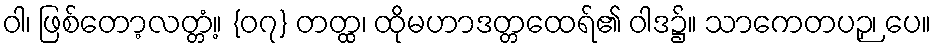
ဝါ၊ ဖြစ်တော့လတ္တံ့။ {၀၇} တတ္ထ၊ ထိုမဟာဒတ္တထေရ်၏ ဝါဒ၌။ သာကေတပဉှ၊ ပေ။